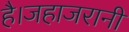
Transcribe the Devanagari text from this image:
है।जहाजरानी